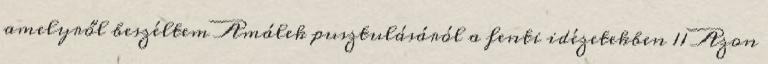
amelyről beszéltem Amálek pusztulásáról a fenti idézetekben 11 Azon